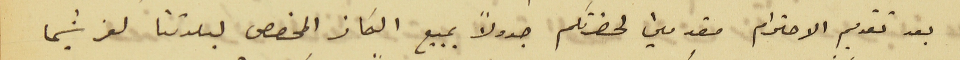
بعد تقديم الاحترام مقدمين لحضرتكم جدولاً بمبيع الكاز المخصص لبلدتنا كفرشيما